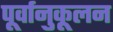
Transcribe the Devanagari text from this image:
पूर्वानुकूलन